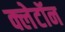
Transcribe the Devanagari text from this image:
क्लेटॉन